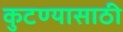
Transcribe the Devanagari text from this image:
कुटण्यासाठी